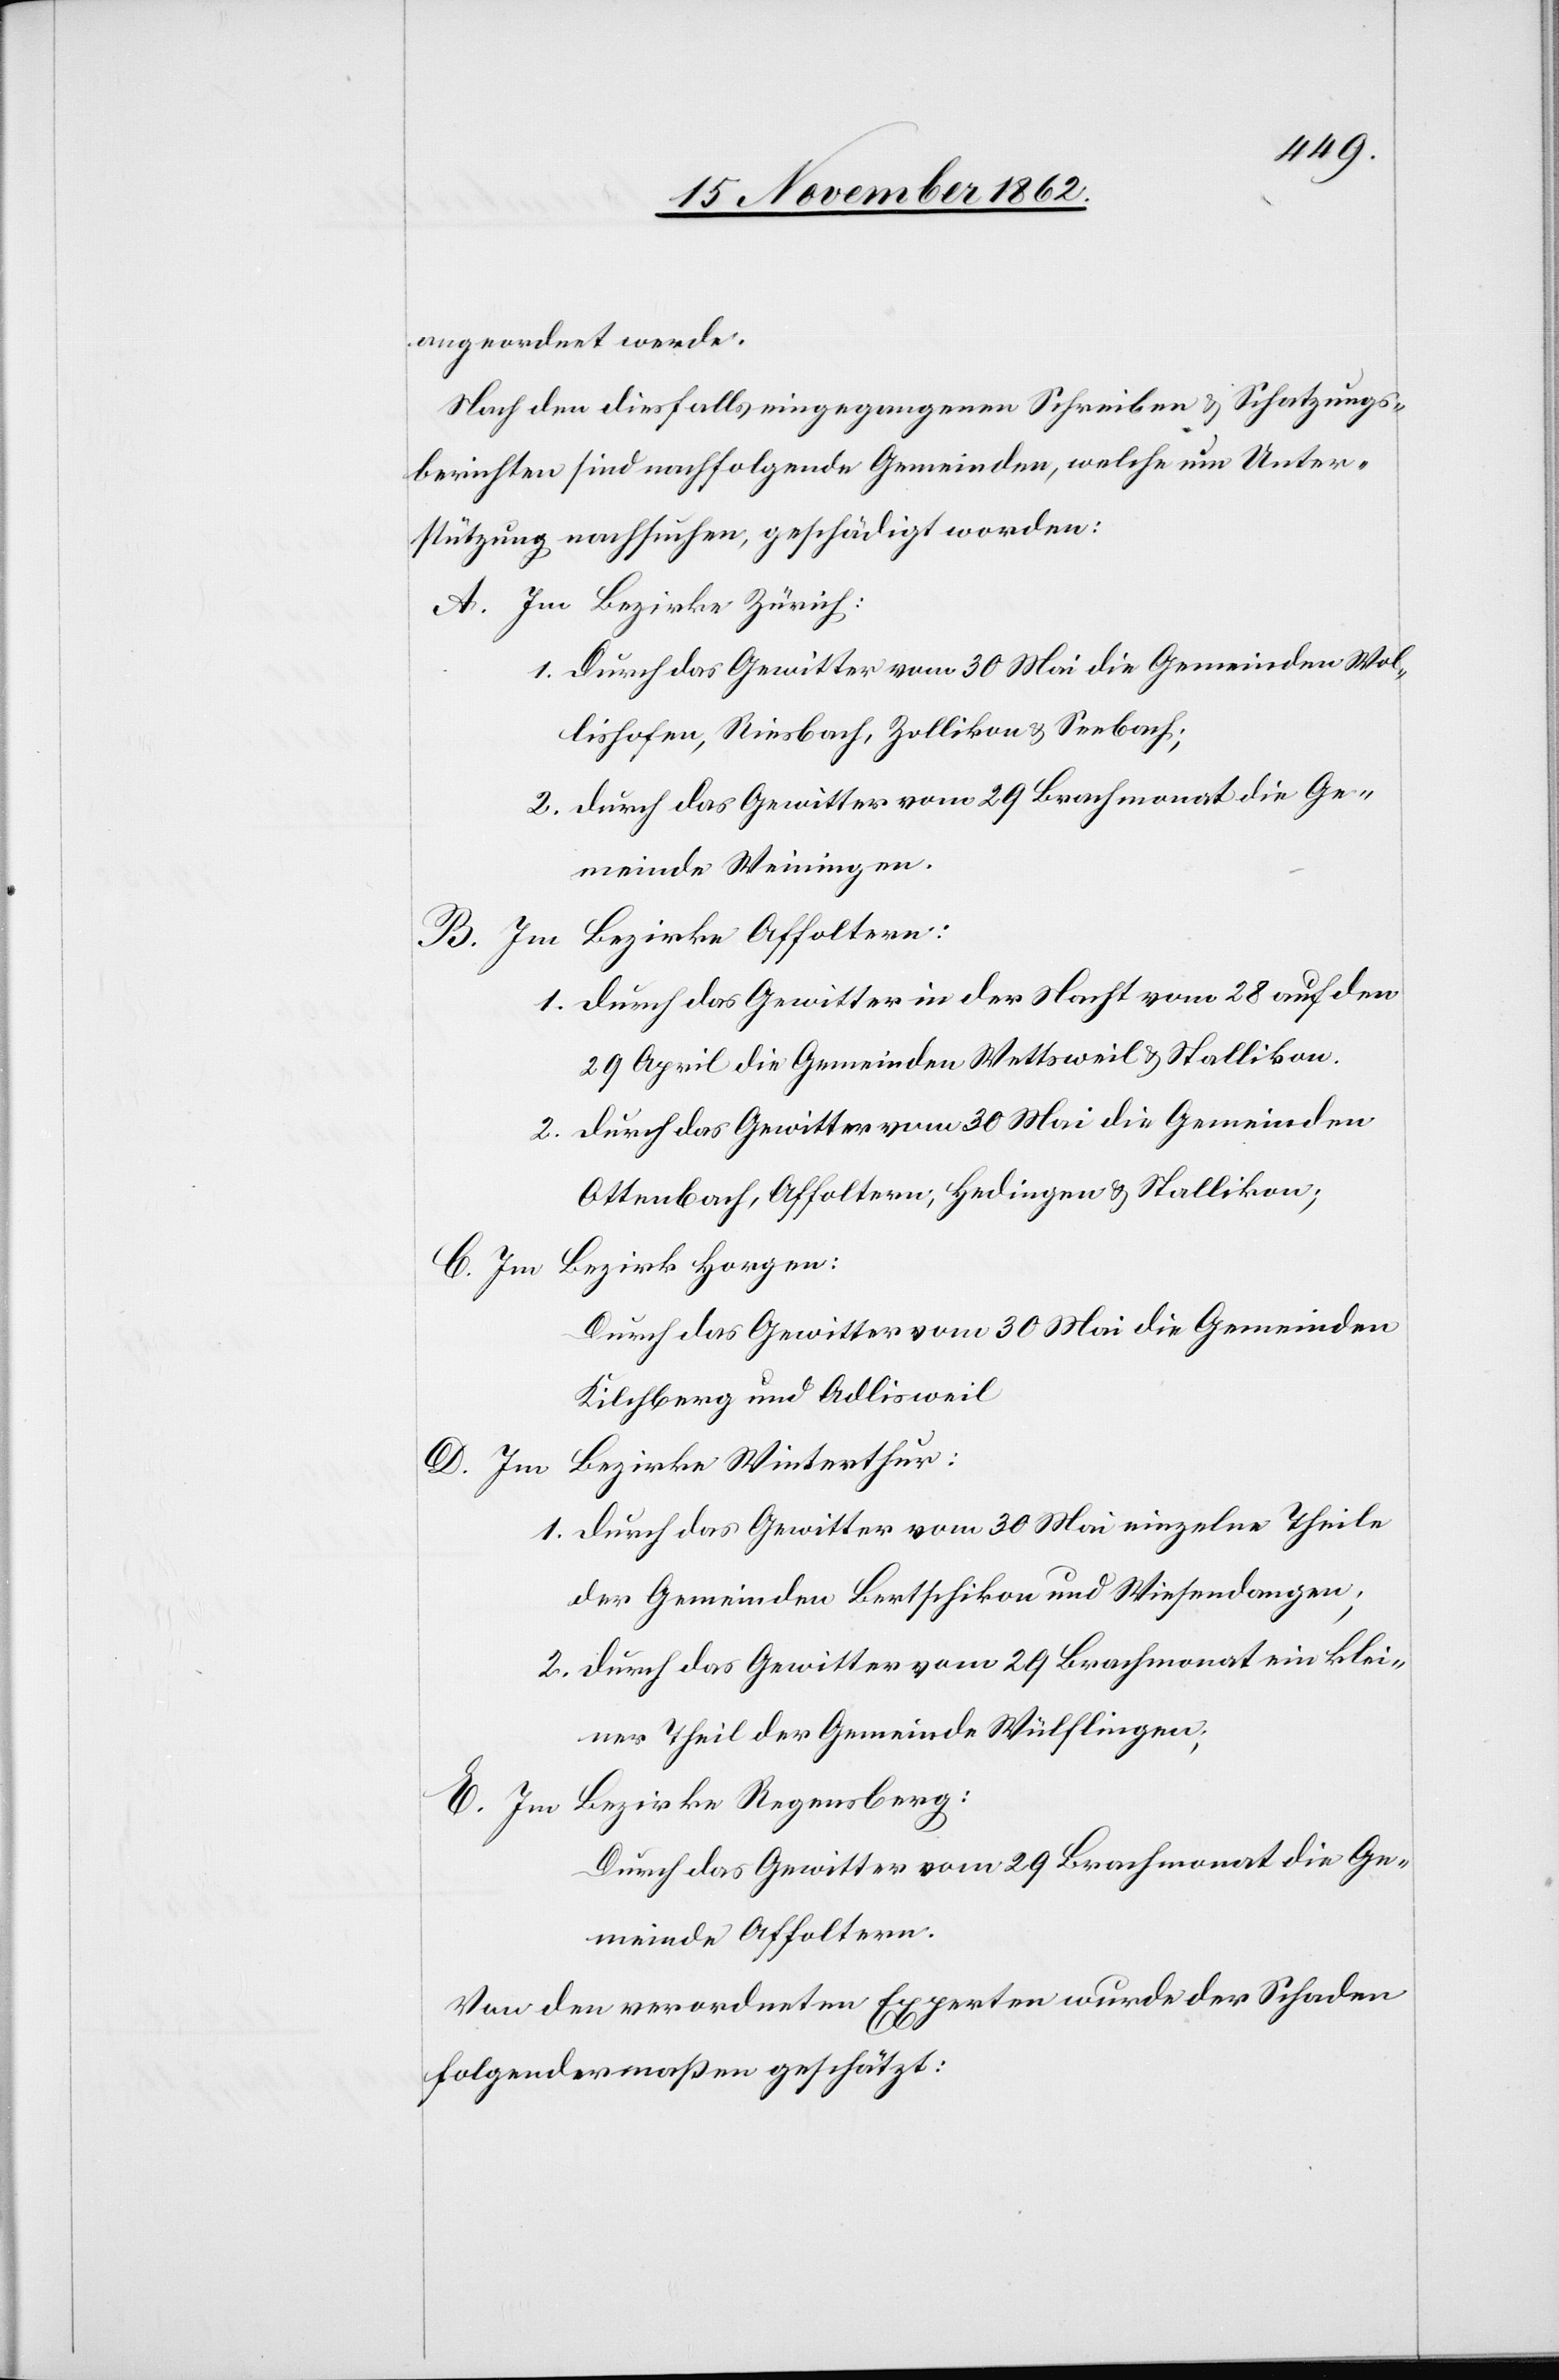
angeordnet werde.
Nach den diesfalls eingegangenen Schreiben u. Schatzungs¬
berichten sind nachfolgende Gemeinden, welche um Unter¬
stützung nachsuchen, geschädigt worden:
A. Im Bezirke Zürich:
1. Durch das Gewitter vom 30. Mai die Gemeinden Wol¬
lishofen, Riesbach, Zollikon u. Seebach;
2. Durch das Gewitter vom 29. Brachmonat die Ge¬
meinde Weiningen.
Bezirke Affoltern:
1. Durch das Gewitter in der Nacht vom 28. auf den
29. April die Gemeinden Wettsweil u. Stallikon.
2. Durch das Gewitter vom 30. Mai die Gemeinden
Ottenbach, Affoltern, Hedingen u. Stallikon;
Bezirk Horgen:
B. Im
Durch das Gewitter vom 30. Mai die Gemeinden
Kilchberg und Adlisweil[.]
Bezirke Winterthur:
E. Im
1. Durch das Gewitter vom 30. Mai einzelne Theile
der Gemeinden Bertschikon und Wiesendangen;
2. Durch das Gewitter vom 29. Brachmonat ein klei¬
ner Theil der Gemeinde Wülflingen.
Bezirke Regensberg:
Durch das Gewitter vom 29. Brachmonat die Ge¬
meinde Affoltern.
Von den verordneten Experten wurde der Schaden
folgendermaßen geschätzt: